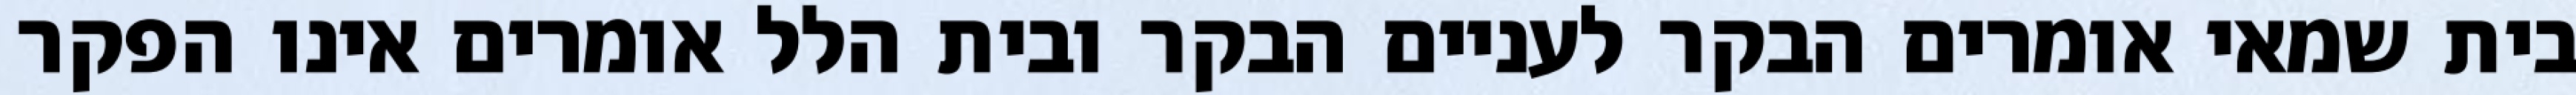
בית שמאי אומרים הבקר לעניים הבקר ובית הלל אומרים אינו הפקר